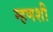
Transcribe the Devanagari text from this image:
म्हणशी